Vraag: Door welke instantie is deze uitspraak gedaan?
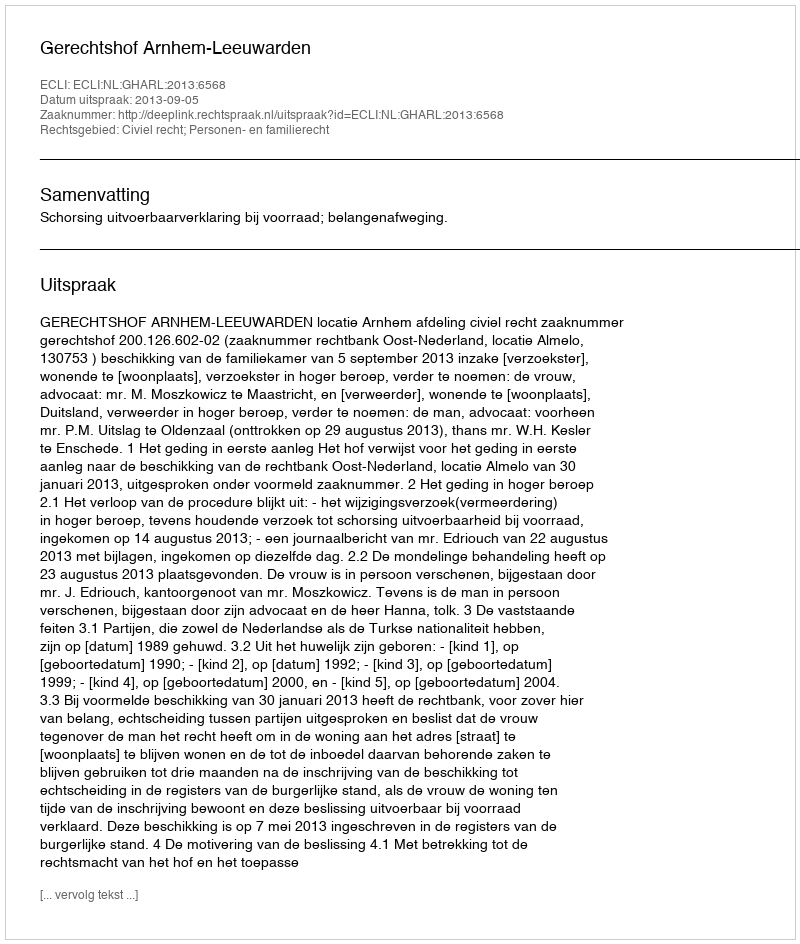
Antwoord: Gerechtshof Arnhem-Leeuwarden